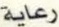
رعایة